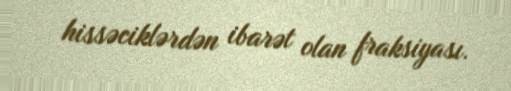
hissəciklərdən ibarət olan fraksiyası.